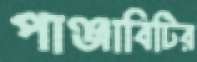
পাঞ্জাবিটির